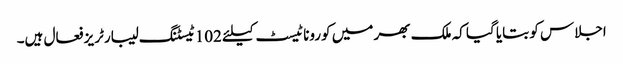
اجلاس کو بتایا گیا کہ ملک بھر میں کورونا ٹیسٹ کیلئے 102 ٹیسٹنگ لیبارٹریز فعال ہیں۔